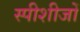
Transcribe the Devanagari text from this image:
स्पीशीजों